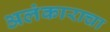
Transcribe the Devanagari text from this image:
अलंकाराचा